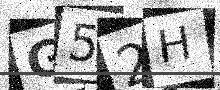
Text: G52H